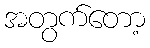
အတွက်တော့